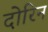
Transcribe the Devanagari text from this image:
दोरिन